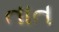
તાત